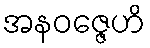
အနဝဇ္ဇေဟိ